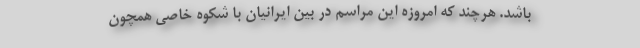
باشد. هرچند که امروزه این مراسم در بین ایرانیان با شکوه خاصی همچون